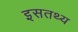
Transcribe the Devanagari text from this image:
इसतथ्य